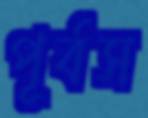
পূর্বস